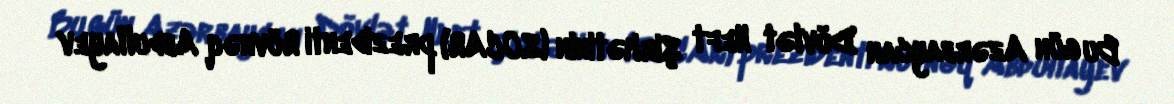
Bu gün Azərbaycan Dövlət Neft Şirkətinin (SOCAR) prezidenti Rövnəq Abdullayev